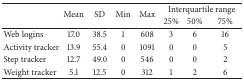
|  | <ROWSPAN=2> Mean | <ROWSPAN=2> SD | <ROWSPAN=2> Min | <ROWSPAN=2> Max | <COLSPAN=3> Interquartile range |
 |  | 25% | 50% | 75% |
 | --- | --- | --- | --- | --- | --- | --- | --- |
 | Web logins | 17.0 | 38.5 | 1 | 608 | 3 | 6 | 16 |
 | Activity tracker | 13.9 | 55.4 | 0 | 1091 | 0 | 0 | 5 |
 | Step tracker | 12.7 | 49.0 | 0 | 546 | 0 | 0 | 2 |
 | Weight tracker | 5.1 | 12.5 | 0 | 312 | 1 | 2 | 6 |